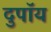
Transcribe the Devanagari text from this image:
दुपॉय